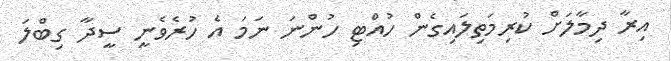
އިރާ ދިމާލަށް ކުރިމަތިލައިގެން ހުއްޓި ހުންނަ ނަމަ އެ ހުރެވެނީ ސީދާ ގިބްލަ